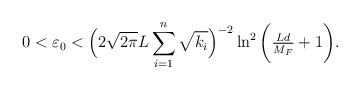
LaTeX: \begin{align*}0<\varepsilon_{0}<\Big({2\sqrt{2\pi} L\sum\limits_{i=1}^n\sqrt{k_i}}\Big)^{-2}\ln^2\bigg(\tfrac{L d}{M_F}+1\bigg).\end{align*}